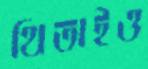
থিতাইও